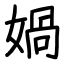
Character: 媧